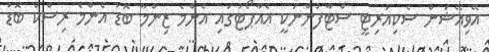
އޭވިއޭޝަން ސެކިއުރިޓީ ސްޓާފުންނަކީ އެއާޕޯޓުގައި އެންމެ ޒިންމާ ބޮޑު އެންމެ ރިސްކް ބޮޑު